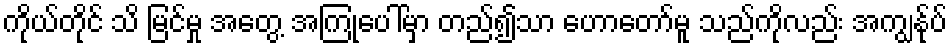
ကိုယ်တိုင် သိ မြင်မှု အတွေ့ အကြုံပေါ်မှာ တည်၍သာ ဟောတော်မူ သည်ကိုလည်း အကျွန်ုပ်